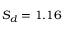
S _ { d } = 1 . 1 6